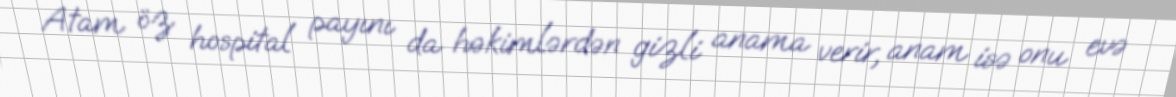
Atam öz hospital payını da həkimlərdən gizli anama verir, anam isə onu evə